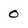
Character: 0